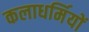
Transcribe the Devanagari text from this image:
कलाधर्मियों